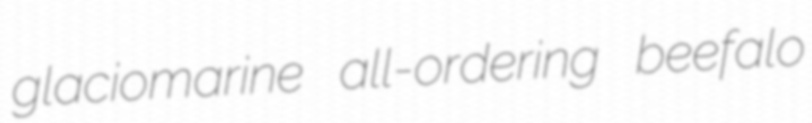
glaciomarine all-ordering beefalo